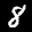
Label: 8